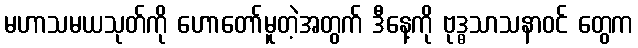
မဟာသမယသုတ်ကို ဟောတော်မူတဲ့အတွက် ဒီနေ့ကို ဗုဒ္ဓသာသနာဝင် တွေက